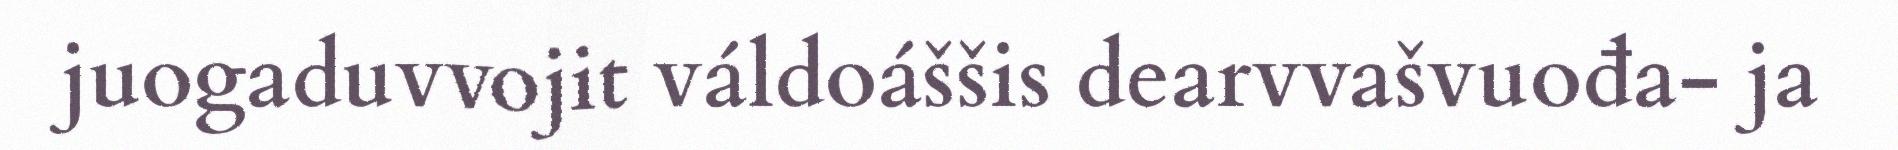
juogaduvvojit váldoáššis dearvvašvuođa- ja